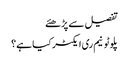
تفصیل سے پڑھئے
پلوٹونیم ری ایکٹر کیا ہے؟